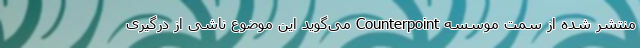
منتشر شده از سمت موسسه Counterpoint می‌گوید این موضوع ناشی از درگیری